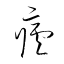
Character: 瘧